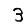
Digit: 3